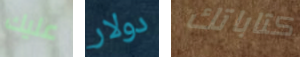
عليك دولار كتاباتك